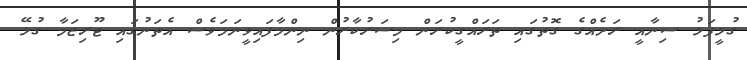
ގުޅީފަޅު ސިނާއީ ރަށެއްގެ ގޮތުގައި ތަަރައްގީކުރަން މިސަރުކާރުން ނިންމާފައިވީނަމަވެސް އެތަނުގައި ޓޫރިޒަމާ ގުޅޭ